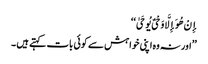
إِنْ هُوَ إِلَّا وَحْیٌ یُوحَیٰ ‘‘
’’اور نہ وه اپنی خواہش سے کوئی بات کہتے ہیں ۔